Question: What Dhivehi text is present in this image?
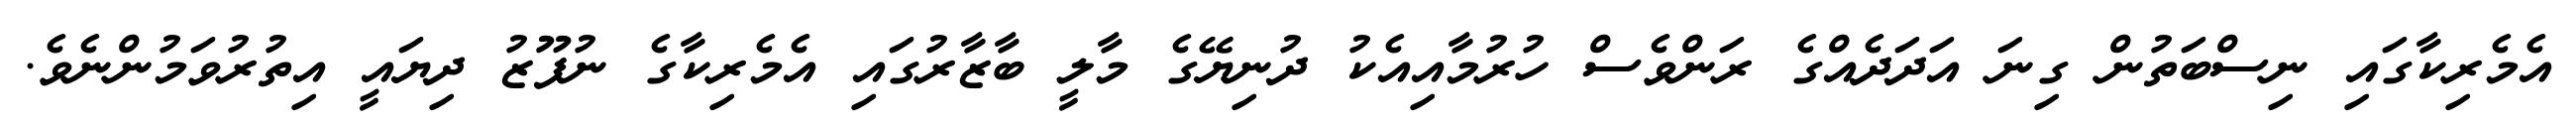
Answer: އެމެރިކާގައި ނިސްބަތުން ގިނަ އަދަދެއްގެ ރަންވެސް ހުރުމާއިއެކު ދުނިޔޭގެ މާލީ ބާޒާރުގައި އެމެރިކާގެ ނުފޫޒު ދިޔައީ އިތުރުވަމުންނެވެ.